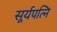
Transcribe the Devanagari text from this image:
सूर्यपत्नि